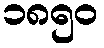
၁၈၅၀